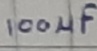
Text: 100µF